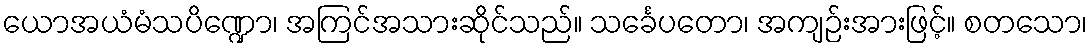
ယောအယံမံသပိဏ္ဍော၊ အကြင်အသားဆိုင်သည်။ သင်္ခေပတော၊ အကျဉ်းအားဖြင့်။ စတသော၊